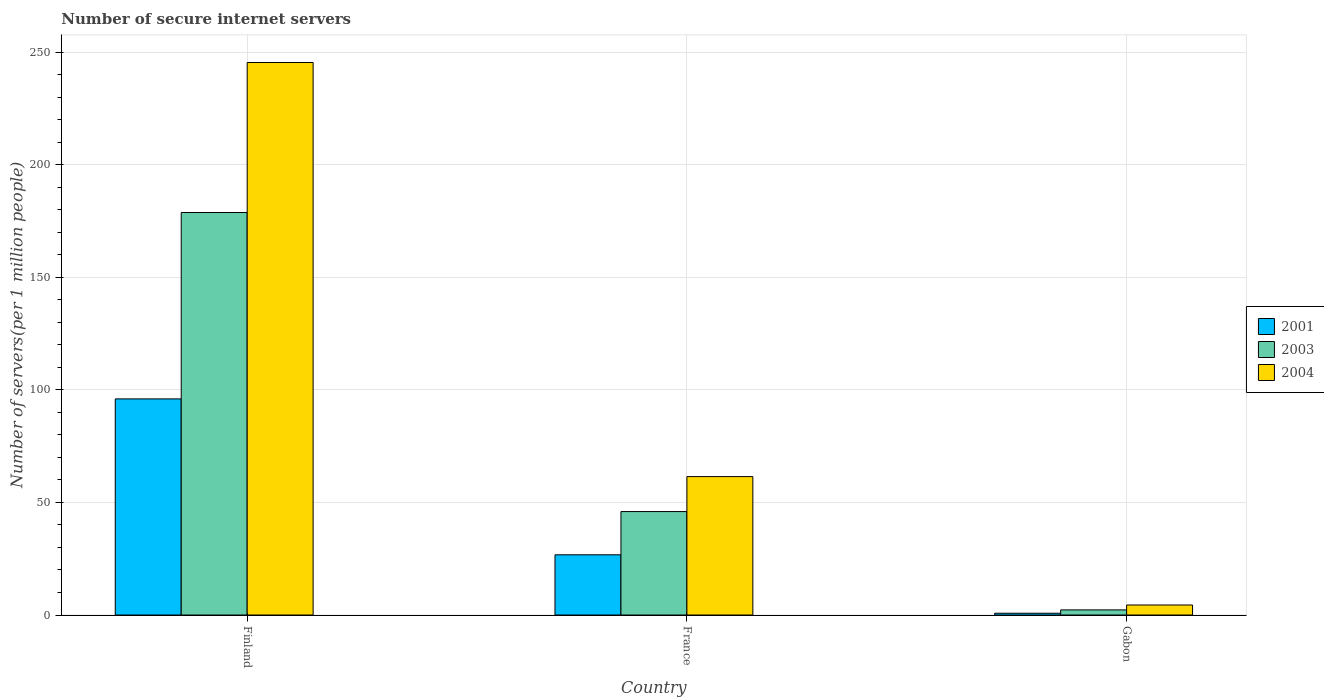
| Country | 2001 | 2003 | 2004 |
 | --- | --- | --- | --- |
 | Finland | 96 | 179 | 245 |
 | France | 26.7 | 45.9 | 61.5 |
 | Gabon | 0.793 | 2.28 | 4.45 |